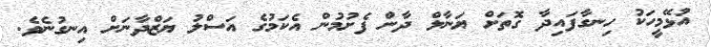
އުޅޭމީހަކު ހިނގާފައިދާ ގޮތަށް ޔަނާލް ދާން ފެށުމުން އެކަމުގެ އަސްލު ޔަޒްދާނަށް އިނގުނެވެ.